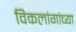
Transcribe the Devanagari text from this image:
विकलांगांच्या